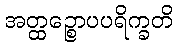
အတ္ထဉ္စောပပရိက္ခတိ